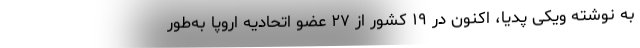
به نوشته ویکی پدیا، اکنون در ۱۹ کشور از ۲۷ عضو اتحادیه اروپا به‌طور